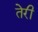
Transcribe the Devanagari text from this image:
तेेरी